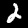
Digit: 2